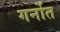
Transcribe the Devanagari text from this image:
गर्नोत